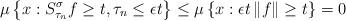
LaTeX: \begin{align*} \mu\left\{ x:S^{\sigma}_{\tau_{n}}f\geq t,\tau_{n}\leq\epsilon t\right\}\leq \mu\left\{ x: \epsilon t\left\Vert f\right\Vert \geq t\right\}=0 \end{align*}